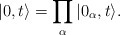
\begin{align*}\vert 0 , t \rangle = \prod_{\alpha} \vert 0_{\alpha},t \rangle.\end{align*}